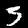
Label: 3